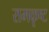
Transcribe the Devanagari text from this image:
रामकृष्ट